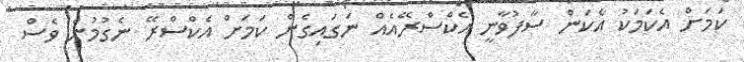
ކަމަށް އެކަމަކު އެކަން ސާފުވާނީ އެކްސްރޭއެއް ނަގައިގެން ކަމަށް އެކްސްރޭ ނެގުމުން ވެސް